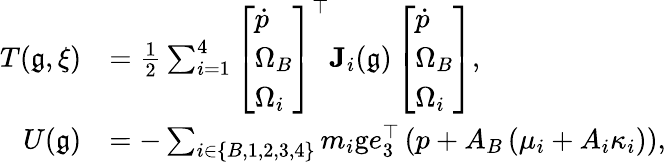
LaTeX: \begin{array}{rl}{T(\mathfrak{g},\xi)}&{=\frac{1}{2}\sum_{i=1}^{4}\left[\begin{array}{l}{\dot{p}}\\ {\Omega_{B}}\\ {\Omega_{i}}\end{array}\right]^{\top}\mathbf{J}_{i}(\mathfrak{g})\left[\begin{array}{l}{\dot{p}}\\ {\Omega_{B}}\\ {\Omega_{i}}\end{array}\right],}\\ {U(\mathfrak{g})}&{=-\sum_{i\in\{ B,1,2,3,4\} }m_{i}\mathrm{g}e_{3}^{\top}\left(p+A_{B}\left(\mu_{i}+A_{i}\kappa_{i}\right)\right),}\end{array}